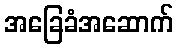
အခြေခံအဆောက်